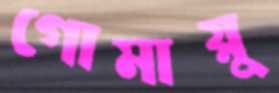
গোমায়ু